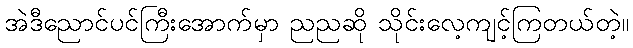
အဲဒီညောင်ပင်ကြီးအောက်မှာ ညညဆို သိုင်းလေ့ကျင့်ကြတယ်တဲ့။